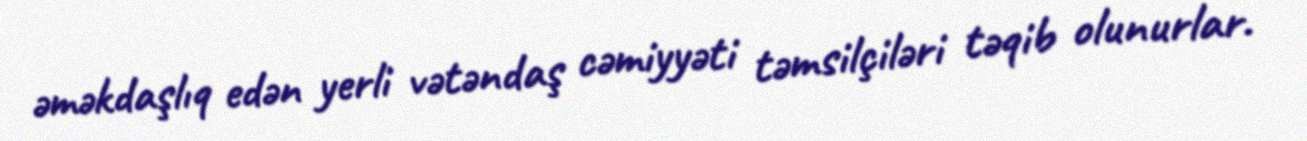
əməkdaşlıq edən yerli vətəndaş cəmiyyəti təmsilçiləri təqib olunurlar.